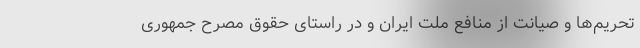
تحریم‌ها و صیانت از منافع ملت ایران و در راستای حقوق مصرح جمهوری